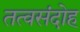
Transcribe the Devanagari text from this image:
तत्वसंदोह